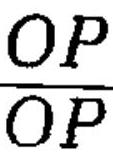
\frac{OP}{OP}